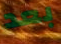
بعد